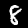
Digit: 8